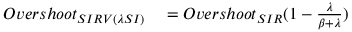
\begin{array} { r l } { O v e r s h o o t _ { S I R V ( \lambda S I ) } } & { { } = O v e r s h o o t _ { S I R } ( 1 - \frac { \lambda } { \beta + \lambda } ) } \end{array}